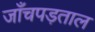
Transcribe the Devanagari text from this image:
जाँचपड़ताल